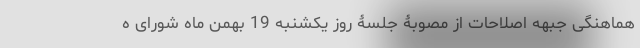
هماهنگی جبهه اصلاحات از مصوبۀ جلسۀ روز یکشنبه 19 بهمن ماه شورای ه